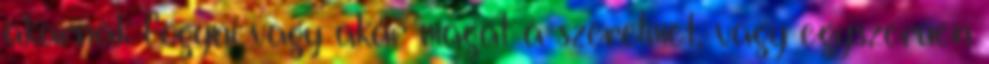
akarnak fogyni vagy akár magát a szerelmet, vagy egyszerűen